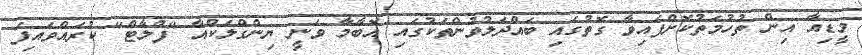
މީޑިއާ އިން ތުހުމަތުކޮށްފައިވާ ގޮތުގައި ބައްދަލުވުންތަކުގައި އޮބާމާ ވަނީ ޔިންގްލަކްއާ "ފްލާޓް" ކުރައްވައިފަ